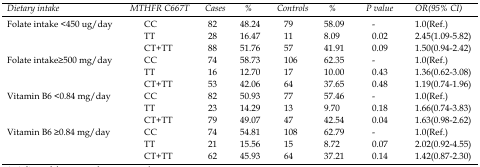
<table><thead><tr><td><b><i>Dietary intake</i></b></td><td><b><i>MTHFR C667T</i></b></td><td><b><i>Cases</i></b></td><td><b><i>%</i></b></td><td><b><i>Controls</i></b></td><td><b><i>%</i></b></td><td><b><i>P value</i></b></td><td><b><i>OR(95% CI)</i></b></td></tr></thead><tbody><tr><td>Folate intake&lt;450 ug/day</td><td>CC</td><td>82</td><td>48.24 </td><td>79</td><td>58.09 </td><td>-</td><td>1.0(Ref.)</td></tr><tr><td></td><td>TT</td><td>28</td><td>16.47 </td><td>11</td><td>8.09 </td><td>0.02</td><td>2.45(1.09-5.82)</td></tr><tr><td></td><td>CT+TT</td><td>88</td><td>51.76 </td><td>57</td><td>41.91 </td><td>0.09</td><td>1.50(0.94-2.42)</td></tr><tr><td>Folate intake≥500 mg/day</td><td>CC</td><td>74</td><td>58.73 </td><td>106</td><td>62.35 </td><td>-</td><td>1.0(Ref.)</td></tr><tr><td></td><td>TT</td><td>16</td><td>12.70 </td><td>17</td><td>10.00 </td><td>0.43</td><td>1.36(0.62-3.08)</td></tr><tr><td></td><td>CT+TT</td><td>53</td><td>42.06 </td><td>64</td><td>37.65 </td><td>0.48</td><td>1.19(0.74-1.96)</td></tr><tr><td>Vitamin B<sub>6</sub>&lt;0.84 mg/day</td><td>CC</td><td>82</td><td>50.93 </td><td>77</td><td>57.46 </td><td>-</td><td>1.0(Ref.)</td></tr><tr><td></td><td>TT</td><td>23</td><td>14.29 </td><td>13</td><td>9.70 </td><td>0.18</td><td>1.66(0.74-3.83)</td></tr><tr><td></td><td>CT+TT</td><td>79</td><td>49.07 </td><td>47</td><td>42.54 </td><td>0.04</td><td>1.63(0.98-2.62)</td></tr><tr><td>Vitamin B<sub>6</sub>≥0.84 mg/day</td><td>CC</td><td>74</td><td>54.81 </td><td>108</td><td>62.79 </td><td>-</td><td>1.0(Ref.)</td></tr><tr><td></td><td>TT</td><td>21</td><td>15.56 </td><td>15</td><td>8.72 </td><td>0.07</td><td>2.02(0.92-4.55)</td></tr><tr><td></td><td>CT+TT</td><td>62</td><td>45.93 </td><td>64</td><td>37.21 </td><td>0.14</td><td>1.42(0.87-2.30)</td></tr></tbody></table>